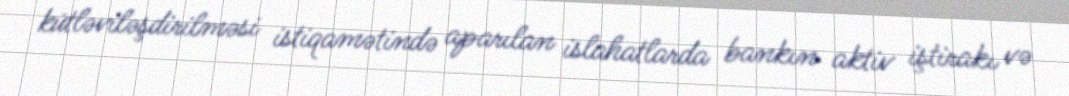
kütləviləşdirilməsi istiqamətində aparılan islahatlarda bankın aktiv iştirakı və